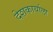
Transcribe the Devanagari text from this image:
देशकार्याला